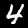
Digit: 4